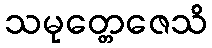
သမုတ္တေဇေသိ